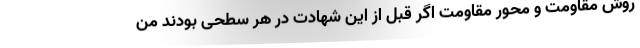
روش مقاومت و محور مقاومت اگر قبل از این شهادت در هر سطحی بودند من